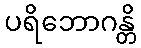
ပရိဘောဂန္တိ